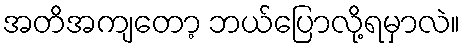
အတိအကျတော့ ဘယ်ပြောလို့ရမှာလဲ။